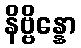
နိဗ္ဗိန္နော